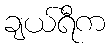
ချယ်ရီက